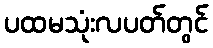
ပထမသုံးလပတ်တွင်